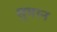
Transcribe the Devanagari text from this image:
सुचान